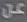
عن